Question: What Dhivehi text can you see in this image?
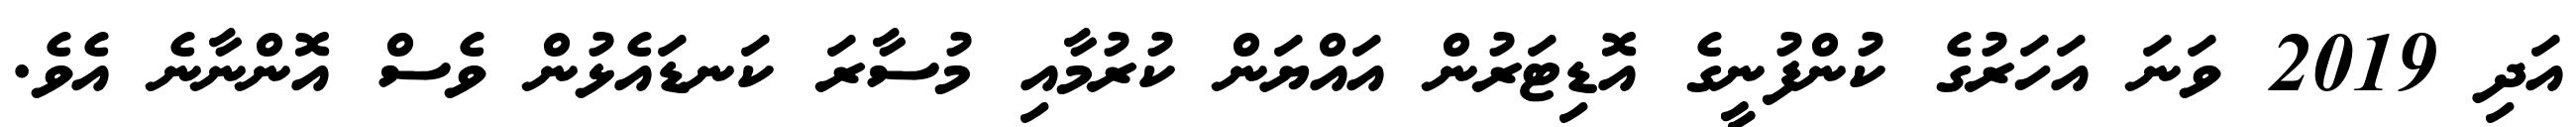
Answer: އަދި 2019 ވަނަ އަހަރުގެ ކުންފުނީގެ އޮޑިޓަރުން އައްޔަން ކުރުމާއި މުސާރަ ކަނޑައެޅުން ވެސް އޮންނާނެ އެވެ.